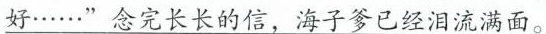
\underline{好……”念完长长的信，海子爹已经泪流满面。}